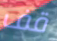
قف